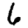
Digit: 6